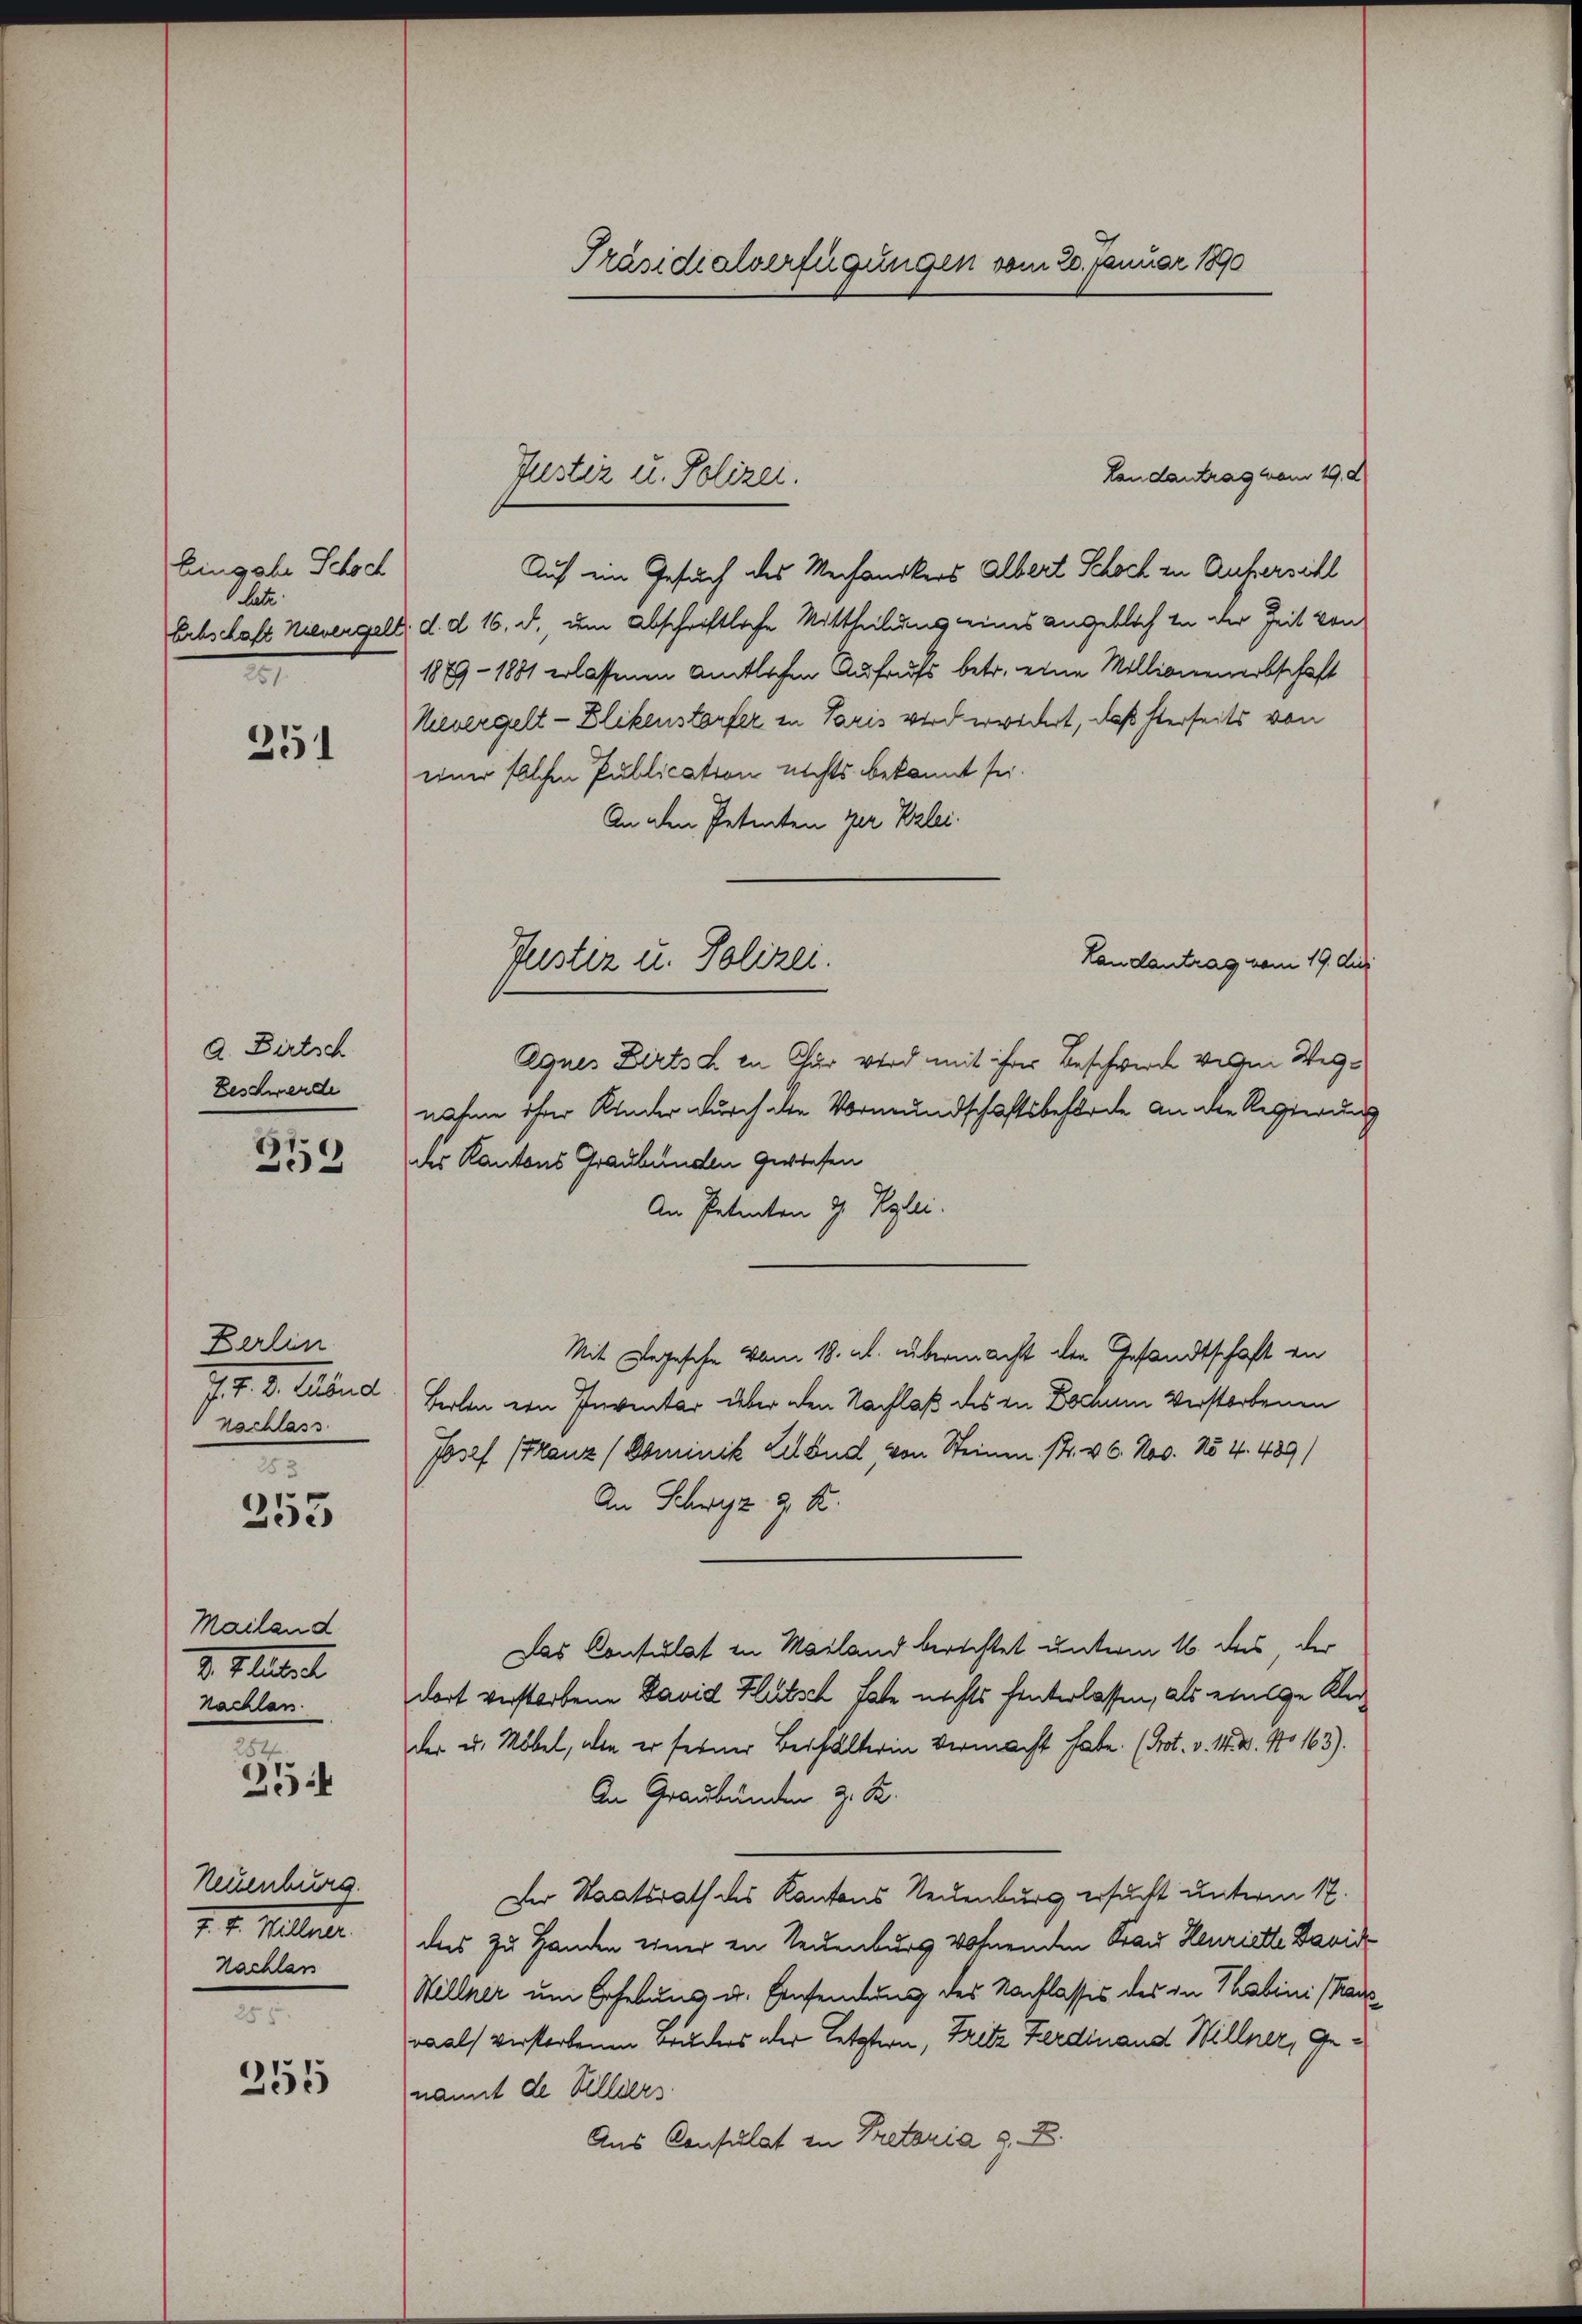
Eingabe Schoch
hatz
n

251

a. Dirtsch
Beschwerde

1
.
33

Berlin
741. 2. Seitere
rschlass
2

253

Mailand
2. Platerl
nachlen.

e
25

Neuenburg.
2. 4. Mater
Nachlass
25.5.

251

Präsidialverfügungen vom 20. Januar 1890

Landantrag vom 19. d.
Auf ein Gesuch des Mechanikers Albert Schoch in Anfersihl
Erbschaft Nievergell, d. d. 16. d., um Abschriftliche Mittheilung eines angeblich in der Zeit von
1899 - 1881 erlassenen Amtlichen Aufrufs betr. eine Millionenerbschaft
Nievergelt - Blickenstorfer in Paris wird erwidert, daß sterseits von
einer solchen Publication nichts bekannt sei.
An den Petenten per Belei.
Landantrag vom 19. Aug.
Agnes Bertsch in Chur wird mit ihrer Beschwerde wegen Wegnahme ihrer Kinder durch die Vormundschaftsbehörde an die Regierung
des Kantons Graubünden gewiesen
An Petenten d. Reglei
Mit Legesche vom 18. ab. übermacht der Gesandtschaft an
Berben ein Inventar über den Nachlaß des in Docum Verstorbenen
Josef (Franz (Dominik Lehend, von Steinen 14. v. 6. Nov. No 4. 489)
An Schwyz z. B.
Das Consulat in Mailand berichtet unterm 16. Des, der
dort verstorbene David Blutsch habe nichts hinterlassen, als einige Kleider u. Möbel, wie er ferner Beschälterin vermacht habe. (Prot. v. 14. 4. No 163).
An Graubünden z. B.
Der Staatsrath des Kantons Neuenburg ersucht unterm 17.
das zu Handen einer in Neuenburg wohnenden Frau Henriette David
Willner um Erhebung u. Einsendung des Nachlasses des in Thatini (Rad
raals verstorbenen Bruders oder letztern, Fritz Ferdinand Willner, Genannt de Villiers.
Aus Consulat in Pretaria z. B.

Justiz u. Polizei.

Puster u. Polizei.